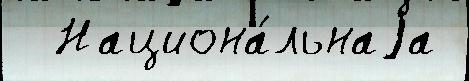
  Национа́льнаjа